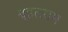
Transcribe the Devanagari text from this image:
बृहत्साम